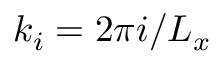
k _ { i } = 2 \pi i / L _ { x }